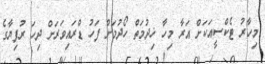
މިހާރު ޓެކްސީއަކަށް އަރާ މިހާ ޚިދުމަތް ހޯދުމަށް ފަހު ޑްރައިވަރަށް ދިހަ ރުފިޔާގެ